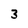
Character: 3